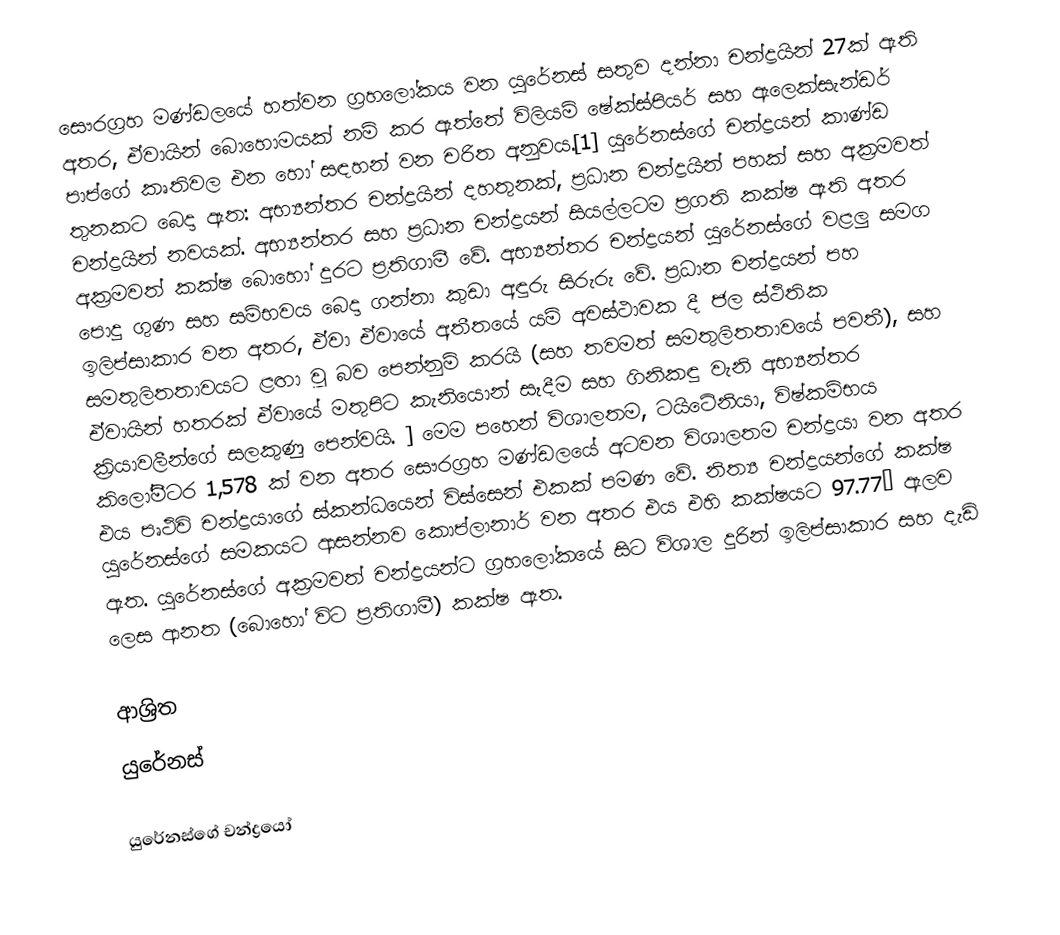
සෞරග්‍රහ මණ්ඩලයේ හත්වන ග්‍රහලෝකය වන යුරේනස් සතුව දන්නා චන්ද්‍රයින් 27ක් ඇති අතර, ඒවායින් බොහොමයක් නම් කර ඇත්තේ විලියම් ෂේක්ස්පියර් සහ ඇලෙක්සැන්ඩර් පාප්ගේ කෘතිවල එන හෝ සඳහන් වන චරිත අනුවය.[1] යුරේනස්ගේ චන්ද්‍රයන් කාණ්ඩ තුනකට බෙදා ඇත: අභ්‍යන්තර චන්ද්‍රයින් දහතුනක්, ප්‍රධාන චන්ද්‍රයින් පහක් සහ අක්‍රමවත් චන්ද්‍රයින් නවයක්. අභ්‍යන්තර සහ ප්‍රධාන චන්ද්‍රයන් සියල්ලටම ප්‍රගති කක්ෂ ඇති අතර අක්‍රමවත් කක්ෂ බොහෝ දුරට ප්‍රතිගාමී වේ. අභ්‍යන්තර චන්ද්‍රයන් යුරේනස්ගේ වළලු සමග පොදු ගුණ සහ සම්භවය බෙදා ගන්නා කුඩා අඳුරු සිරුරු වේ. ප්‍රධාන චන්ද්‍රයන් පහ ඉලිප්සාකාර වන අතර, ඒවා ඒවායේ අතීතයේ යම් අවස්ථාවක දී ජල ස්ථිතික සමතුලිතතාවයට ළඟා වූ බව පෙන්නුම් කරයි (සහ තවමත් සමතුලිතතාවයේ පවතී), සහ ඒවායින් හතරක් ඒවායේ මතුපිට කැනියොන් සෑදීම සහ ගිනිකඳු වැනි අභ්‍යන්තර ක්‍රියාවලීන්ගේ සලකුණු පෙන්වයි. ] මෙම පහෙන් විශාලතම, ටයිටේනියා, විෂ්කම්භය කිලෝමීටර 1,578 ක් වන අතර සෞරග්‍රහ මණ්ඩලයේ අටවන විශාලතම චන්ද්‍රයා වන අතර එය පෘථිවි චන්ද්‍රයාගේ ස්කන්ධයෙන් විස්සෙන් එකක් පමණ වේ. නිත්‍ය චන්ද්‍රයන්ගේ කක්ෂ යුරේනස්ගේ සමකයට ආසන්නව කොප්ලානාර් වන අතර එය එහි කක්ෂයට 97.77° ඇලව ඇත. යුරේනස්ගේ අක්‍රමවත් චන්ද්‍රයන්ට ග්‍රහලෝකයේ සිට විශාල දුරින් ඉලිප්සාකාර සහ දැඩි ලෙස ආනත (බොහෝ විට ප්‍රතිගාමී) කක්ෂ ඇත.

ආශ්‍රිත
 යුරේනස්

යුරේනස්ගේ චන්ද්‍රයෝ